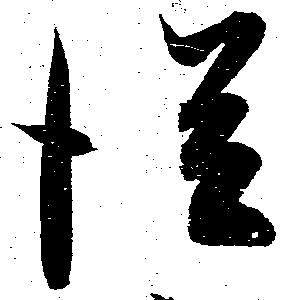
従